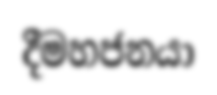
දීමහජනයා